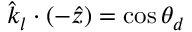
\hat { k } _ { l } \cdot ( - \hat { z } ) = \cos \theta _ { d }